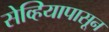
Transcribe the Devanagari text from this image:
सेव्हियापासून